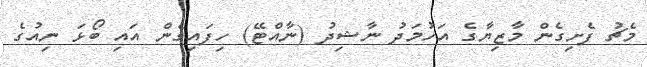
މެޗު ފެށިގެން މާޒިޔާގެ އަހުމަދު ނާޝިދު (ނާއްޓޭ) ހިފައިގެން އައި ބޯޅަ ނިއުގެ